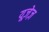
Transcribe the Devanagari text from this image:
यूज़ेज़